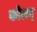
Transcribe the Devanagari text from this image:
कोलम्